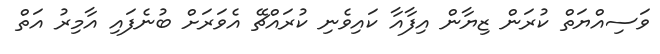
ވަސިއްޔަތް ކުރަން ޒިޔާން އިފާއާ ކައިވެނި ކުރައްޗޭ އެވަރަށް ބުނެފައި އާމިރު އަތް